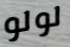
لولو